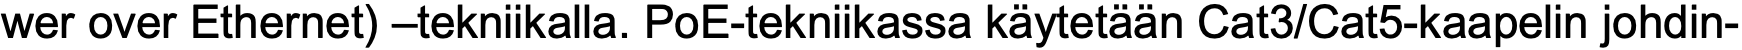
wer over Ethernet) –tekniikalla. PoE-tekniikassa käytetään Cat3/Cat5-kaapelin johdin-